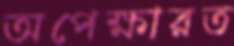
অপেক্ষারত